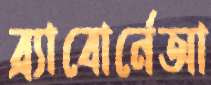
ব্র্যাবোর্নেআ